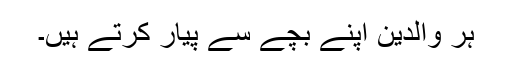
ہر والدین اپنے بچے سے پیار کرتے ہیں۔